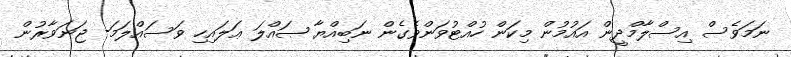
ނަމަވެސް އިސްލާމްދީން އައުމުން މިކަން ހުއްޓުވަންވެގެން ނަބިއްޔާ ޞައްލަ ޢަލައިހި ވަސައްލަމަ- ޖަނަވާރުން